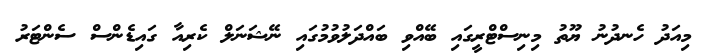
މިއަދު ހެނދުނު ޔޫތު މިނިސްޓްރީގައި ބޭއްވި ބައްދަލުވުމުގައި ނޭޝަނަލް ކެރިއާ ގައިޑެންސް ސެންޓަރު